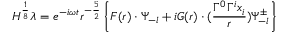
H ^ { \frac { 1 } { 8 } } \lambda = e ^ { - i \omega t } r ^ { - \frac { 5 } { 2 } } \left\{ F ( r ) \cdot \Psi _ { - l } + i G ( r ) \cdot ( \frac { \Gamma ^ { 0 } \Gamma ^ { i } x _ { i } } { r } ) \Psi _ { - l } ^ { \pm } \right\}